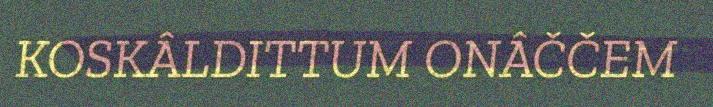
KOSKÂLDITTUM ONÂČČEM